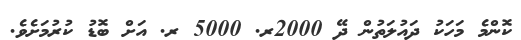
ކޮންމެ މަހަކު ދައުލަތުން ދޭ 2000ރ. 5000 ރ. އަށް ބޮޑު ކުރުމަށެވެ.